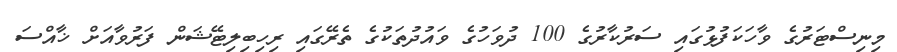
މިނިސްޓަރުގެ ވާހަކަފުޅުގައި ސަރުކާރުގެ 100 ދުވަހުގެ ވައުދުތަކުގެ ތެރޭގައި ރިހިބިލިޓޭޝަން ފަރުވާއަށް ޚާއްސަ